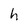
Character: h